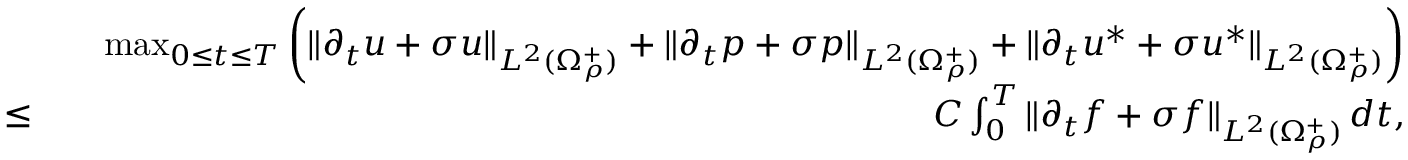
\begin{array} { r l r } & { } & { \operatorname* { m a x } _ { 0 \leq t \leq T } \left( \| \partial _ { t } u + \sigma u \| _ { L ^ { 2 } ( \Omega _ { \rho } ^ { + } ) } + \| \partial _ { t } p + \sigma p \| _ { L ^ { 2 } ( \Omega _ { \rho } ^ { + } ) } + \| \partial _ { t } u ^ { * } + \sigma u ^ { * } \| _ { L ^ { 2 } ( \Omega _ { \rho } ^ { + } ) } \right) } \\ { \leq } & { } & { C \int _ { 0 } ^ { T } \| \partial _ { t } f + \sigma f \| _ { L ^ { 2 } ( \Omega _ { \rho } ^ { + } ) } \, d t , } \end{array}